Vaccination report Assam 1896-1927 - 1896-1927
Year: 1896
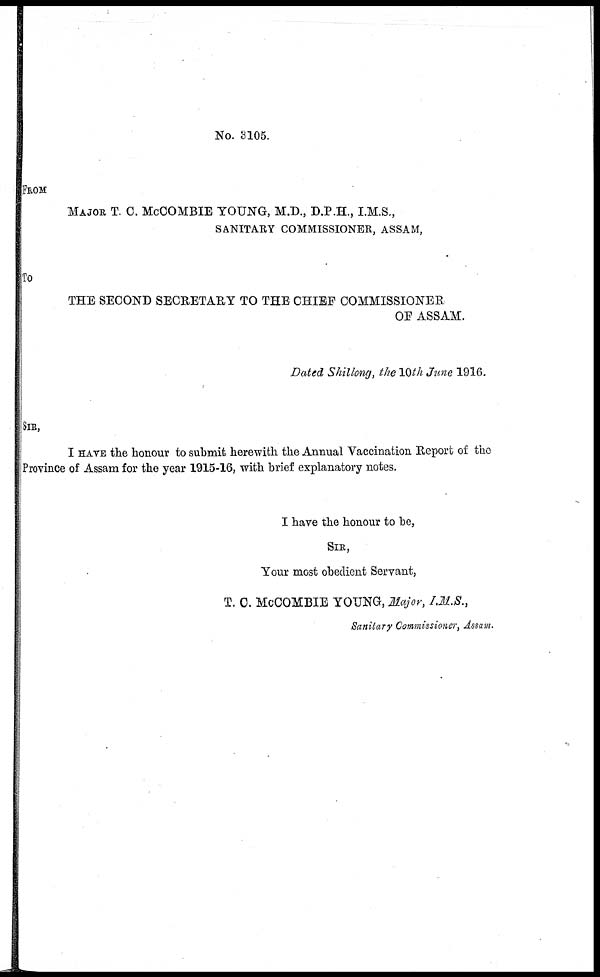
No. 3105.
FROM
MAJOR T. C. McCOMBIE YOUNG, M.D., D.P.H., I.M.S.,
SANITARY COMMISSIONER, ASSAM,
To
THE SECOND SECRETARY TO THE CHIEF COMMISSIONER
OF ASSAM.
Dated Shillong, the 10 th June 1916.
SIR,
I HAVE the honour to submit herewith the Annual Vaccination Report of the
Province of Assam for the year 1915-16, with brief explanatory notes.
I have the honour to be,
SIR,
Your most obedient Servant,
T. C. McCOMBIE YOUNG, Major, I.M.S.,
Sanitary Commissioner, Assam.